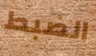
الضبط